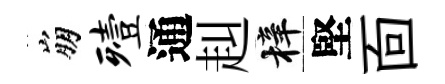
崩殪通赳梓堅靣